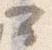
可